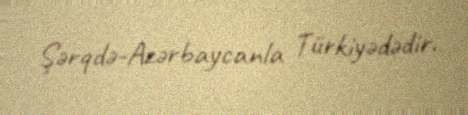
Şərqdə-Azərbaycanla Türkiyədədir.